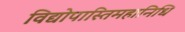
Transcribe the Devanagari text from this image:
विद्योपास्तिमहानिधि